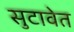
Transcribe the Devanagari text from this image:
सुटावेत